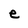
Character: e